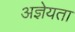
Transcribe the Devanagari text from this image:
अज्ञेयता